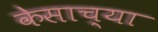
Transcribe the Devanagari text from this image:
केसाच्या